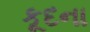
કૂદના